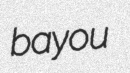
bayou